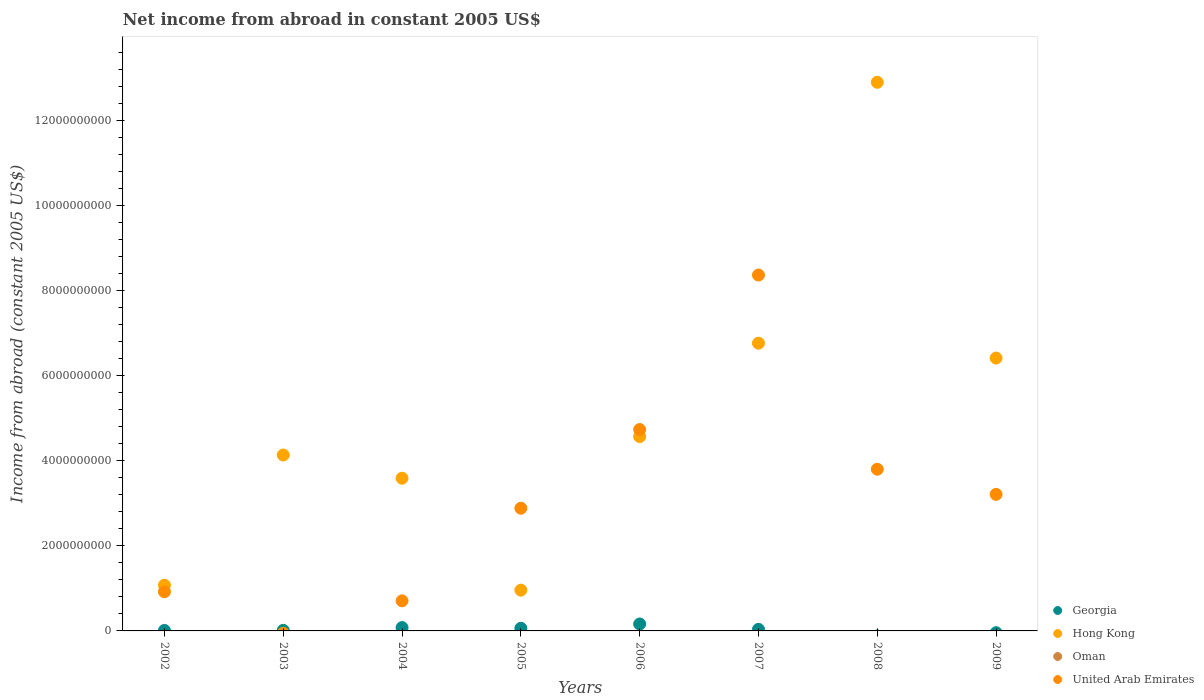
| Years | Georgia | Hong Kong | Oman | United Arab Emirates |
 | --- | --- | --- | --- | --- |
 | 2002 | 1.16e+07 | 1.08e+09 | -1.06e+09 | 9.21e+08 |
 | 2003 | 1.35e+07 | 4.14e+09 | -6.33e+08 | -5.45e+07 |
 | 2004 | 7.85e+07 | 3.59e+09 | -4.8e+08 | 7.08e+08 |
 | 2005 | 6.21e+07 | 9.6e+08 | -1.2e+09 | 2.89e+09 |
 | 2006 | 1.63e+08 | 4.57e+09 | -3.99e+09 | 4.74e+09 |
 | 2007 | 3.7e+07 | 6.77e+09 | -4.81e+09 | 8.37e+09 |
 | 2008 | -1.19e+08 | 1.29e+10 | -8.22e+09 | 3.8e+09 |
 | 2009 | -4.17e+07 | 6.42e+09 | -8.6e+09 | 3.21e+09 |